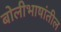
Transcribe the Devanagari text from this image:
बोलीभाषांतील